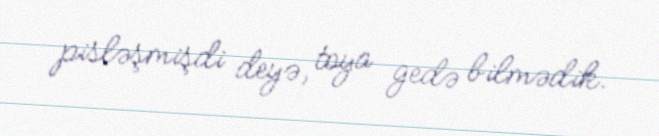
pisləşmişdi deyə, toya gedə bilmədik.